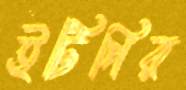
ইটিপির